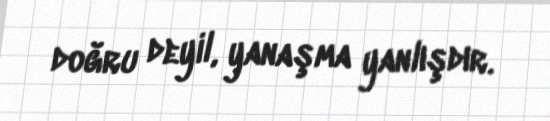
doğru deyil, yanaşma yanlışdır.